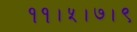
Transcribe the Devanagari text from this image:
११।५।७।९